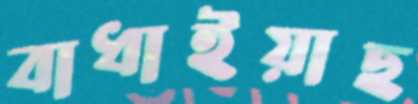
বাধাইয়াছ